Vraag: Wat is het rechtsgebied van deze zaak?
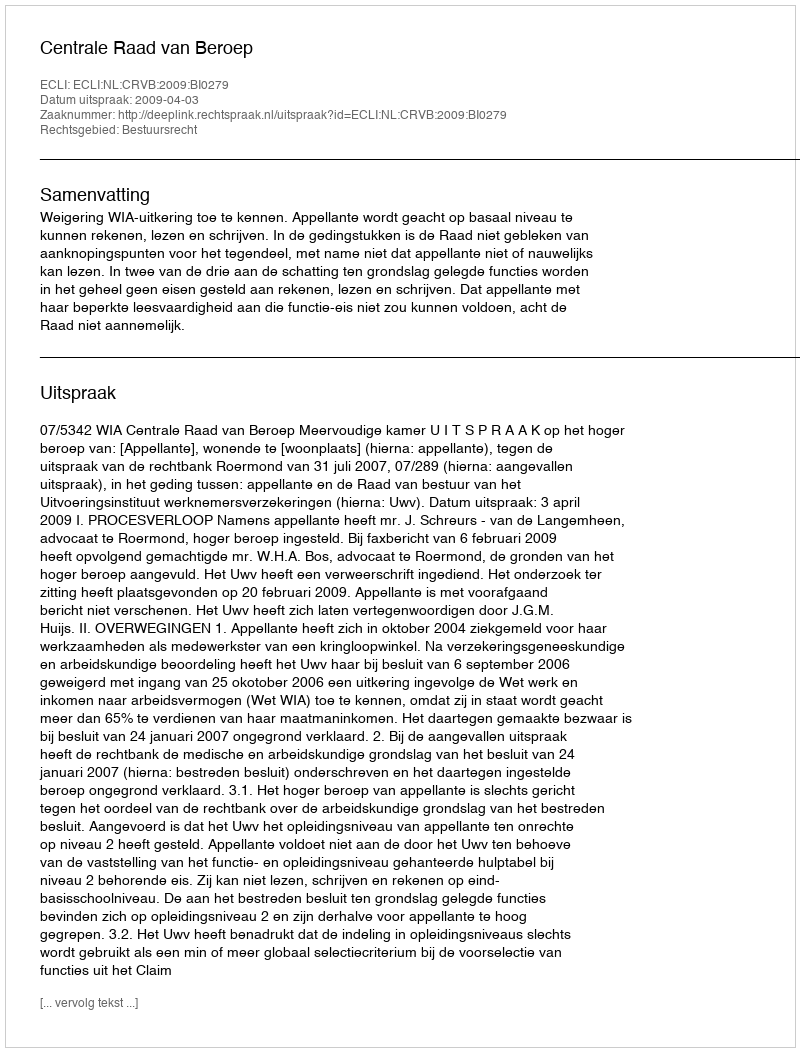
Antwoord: Bestuursrecht